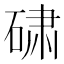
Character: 𬒕